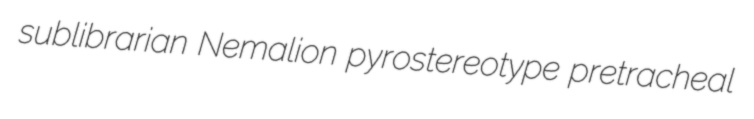
sublibrarian Nemalion pyrostereotype pretracheal